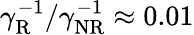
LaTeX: \gamma_{\mathrm{R}}^{-1}/\gamma_{\mathrm{NR}}^{-1}\approx 0.01